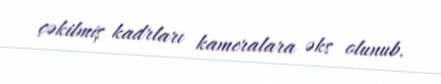
çəkilmiş kadrları kameralara əks olunub.